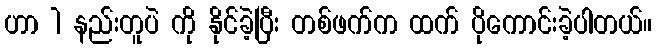
ဟာ 1 နည်းတူပဲ ကို နိုင်ခဲ့ပြီး တစ်ဖက်က ထက် ပိုကောင်းခဲ့ပါတယ်။